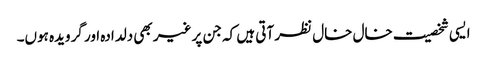
ایسی شخصیت خال خال نظر آتی ہیں کہ جن پر غیر بھی دلدادہ اور گرویدہ ہوں۔